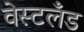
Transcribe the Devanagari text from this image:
वेस्टलँड